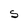
Character: S